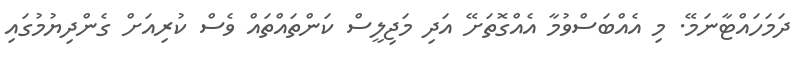
ދަަމަހައްޓާނަމޭ. މި އެއްބަސްވުމާ އެއްގޮތަށޭ އަދި މަޖިލީސް ކަންތައްތައް ވެސް ކުރިއަށް ގެންދިޔުމުގައި